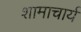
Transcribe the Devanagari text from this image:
शामाचार्य